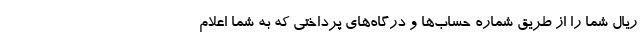
ریال شما را از طریق شماره حساب‌ها و درگاه‌های پرداختی که به شما اعلام